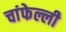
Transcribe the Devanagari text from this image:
चांफेल्ली